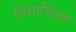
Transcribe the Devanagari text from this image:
निशाचित्रण